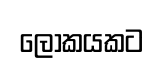
ලෝකයකට